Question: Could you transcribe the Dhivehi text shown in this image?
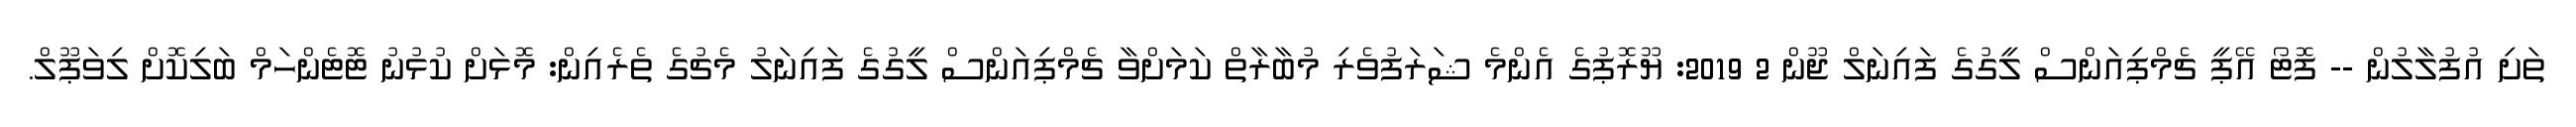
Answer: ތަށި އުފުލާލުން -- ފޮޓޯ އޭޕީ ޗެމްޕިއަންސް ލީގުގެ ފައިނަލް ޖޫން 2 2019: ޔޫރޮޕުގެ އެންމެ ޝަރަފުވެރި މުބާރާތް ކަމަށްވާ ޗެމްޕިއަންސް ލީގުގެ ފައިނަލު މެޗުގެ ތެރެއިން: މޮޅަށް ކުޅުނު ޓޮޓެންހަމް ބަލިކޮށް ލިވަޕޫލް.